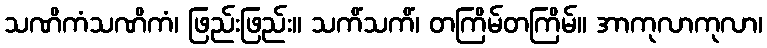
သဏိကံသဏိကံ၊ ဖြည်းဖြည်း။ သကိံသကိံ၊ တကြိမ်တကြိမ်။ အာကုလာကုလာ၊